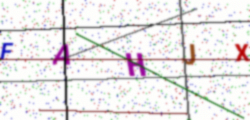
Text: FAHJX